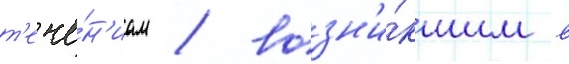
т'ече́н'иам / возн'и́кшим в